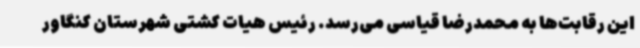
این رقابت‌ها به محمدرضا قیاسی می‌رسد. رئیس هیات کشتی شهرستان کنگاور